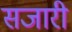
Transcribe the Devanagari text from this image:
सजारी